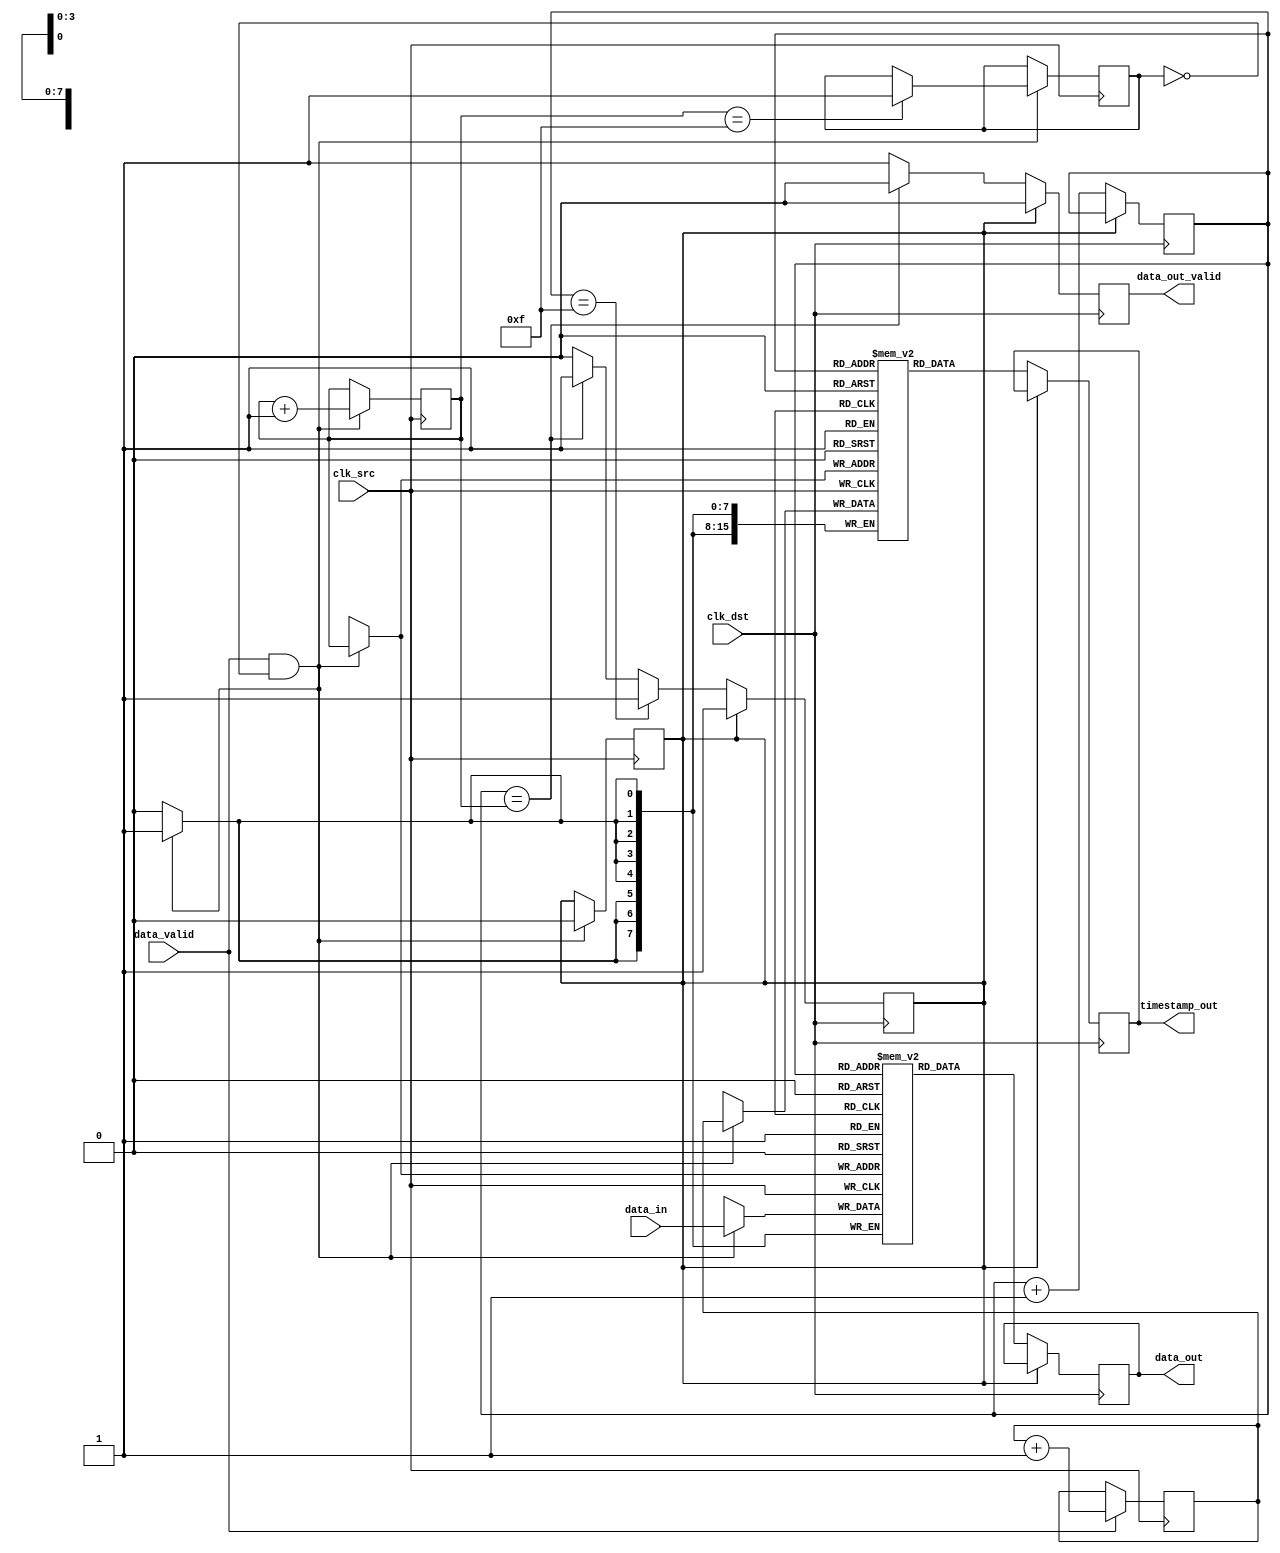
module TimeStampedSynchronizer #(
    parameter DATA_WIDTH = 8,
    parameter TIMESTAMP_WIDTH = 16,
    parameter FIFO_DEPTH = 16
)(
    input wire clk_src,                     // Source clock
    input wire clk_dst,                     // Destination clock
    input wire [DATA_WIDTH-1:0] data_in,   // Input data
    input wire data_valid,                  // Data valid signal
    output reg [DATA_WIDTH-1:0] data_out,  // Output data
    output reg [TIMESTAMP_WIDTH-1:0] timestamp_out, // Output timestamp
    output reg data_out_valid               // Output data valid signal
);

    // Timestamp generator
    reg [TIMESTAMP_WIDTH-1:0] timestamp_counter;
    
    always @(posedge clk_src) begin
        if (data_valid) begin
            timestamp_counter <= timestamp_counter + 1;
        end
    end

    // Dual-Port Memory Block
    reg [DATA_WIDTH-1:0] memory_data [0:FIFO_DEPTH-1];
    reg [TIMESTAMP_WIDTH-1:0] memory_timestamp [0:FIFO_DEPTH-1];
    reg [3:0] write_pointer = 0;
    reg [3:0] read_pointer = 0;
    reg fifo_full = 0;
    reg fifo_empty = 1;

    // Write data and timestamp to memory
    always @(posedge clk_src) begin
        if (data_valid && !fifo_full) begin
            memory_data[write_pointer] <= data_in;
            memory_timestamp[write_pointer] <= timestamp_counter;
            write_pointer <= write_pointer + 1;
            fifo_empty <= 0;
            if (write_pointer == FIFO_DEPTH - 1)
                fifo_full <= 1;
        end
    end

    // Synchronization Logic
    always @(posedge clk_dst) begin
        if (!fifo_empty) begin
            data_out <= memory_data[read_pointer];
            timestamp_out <= memory_timestamp[read_pointer];
            data_out_valid <= 1;
            read_pointer <= read_pointer + 1;
            if (read_pointer == write_pointer) begin
                fifo_empty <= 1;
                data_out_valid <= 0;
            end
            if (read_pointer == FIFO_DEPTH - 1)
                fifo_empty <= 1;
        end else begin
            data_out_valid <= 0; // No valid data
        end
    end

    // Reset logic (optional)
    initial begin
        timestamp_counter = 0;
        write_pointer = 0;
        read_pointer = 0;
        data_out_valid = 0;
        fifo_full = 0;
        fifo_empty = 1;
    end

endmodule